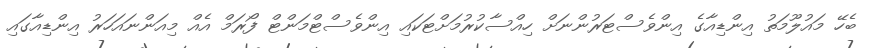
ބެހޭ މައުލޫމަތު އިންޑިއާގެ އިންވެސްޓަރުންނަށް ހިއްސާކުރުމަށްޓަކައި އިންވެސްޓްމަންޓް ފޯރަމް އެއް މިއަންނައަހަރު އިންޑިއާގައި